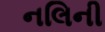
નલિની